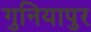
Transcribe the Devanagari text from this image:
गुनियापुर